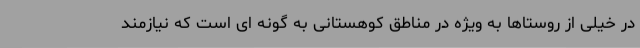
در خیلی از روستاها به ویژه در مناطق کوهستانی به گونه ای است که نیازمند